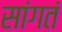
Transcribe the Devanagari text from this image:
सांगतं